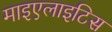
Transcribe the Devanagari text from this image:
माइएलाइटिस